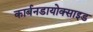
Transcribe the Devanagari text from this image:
कार्बनडायोक्साइड